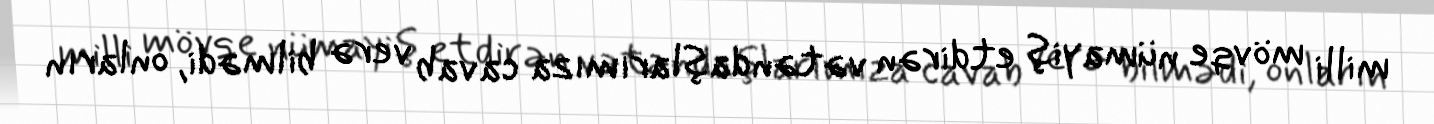
milli mövqe nümayiş etdirən vətəndaşlarımıza cavab verə bilmədi, onların